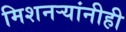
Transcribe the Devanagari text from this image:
मिशनर्‍यांनीही